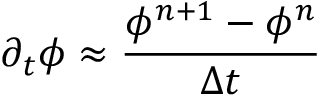
\partial _ { t } \phi \approx \frac { \phi ^ { n + 1 } - \phi ^ { n } } { \Delta t }